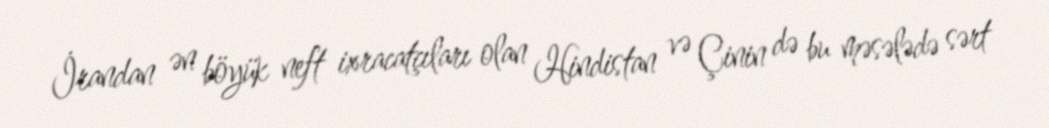
İrandan ən böyük neft ixracatçıları olan Hindistan və Çinin də bu məsələdə sərt